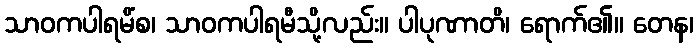
သာဝကပါရမိံစ၊ သာဝကပါရမီသို့လည်း။ ပါပုဏာတိ၊ ရောက်၏။ တေန၊